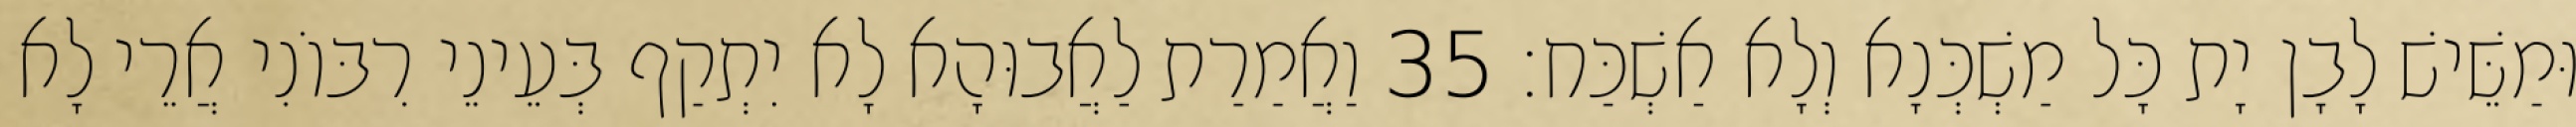
וּמַשֵּׁישׁ לָבָן יָת כָּל מַשְׁכְּנָא וְלָא אַשְׁכַּח׃ 35 וַאֲמַרַת לַאֲבוּהָא לָא יִתְקַף בְּעֵינֵי רִבּוֹנִי אֲרֵי לָא